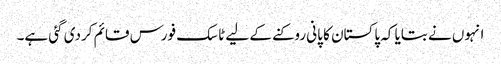
انہوں نے بتایا کہ پاکستان کا پانی روکنے کے لیے ٹاسک فورس قائم کردی گئی ہے۔